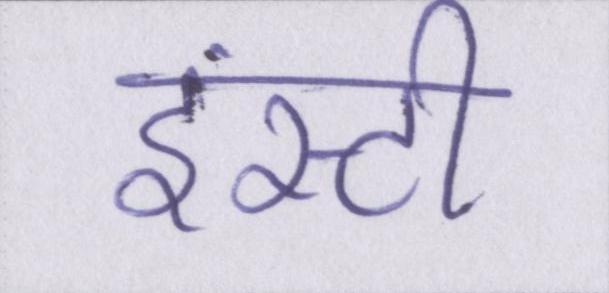
इंस्टी